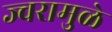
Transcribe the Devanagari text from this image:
ज्वरामुळे